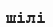
шілі